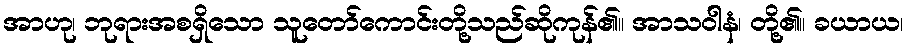
အာဟု၊ ဘုရားအစရှိသော သူတော်ကောင်းတို့သည်ဆိုကုန်၏။ အာသဝါနံ၊ တို့၏။ ခယာယ၊